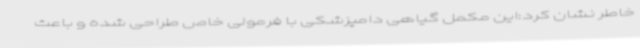
خاطر نشان کرد:این مکمل گیاهی دامپزشکی با فرمولی خاص طراحی شده و باعث